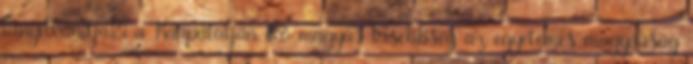
kinyilvánítja: a Kárpátalján élő magyar kisebbség az egyetemes magyarság